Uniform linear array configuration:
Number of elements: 4
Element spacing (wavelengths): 0.25
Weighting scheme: cosine
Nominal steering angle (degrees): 15
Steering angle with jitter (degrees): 14.746
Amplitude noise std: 0.05
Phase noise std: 0.05

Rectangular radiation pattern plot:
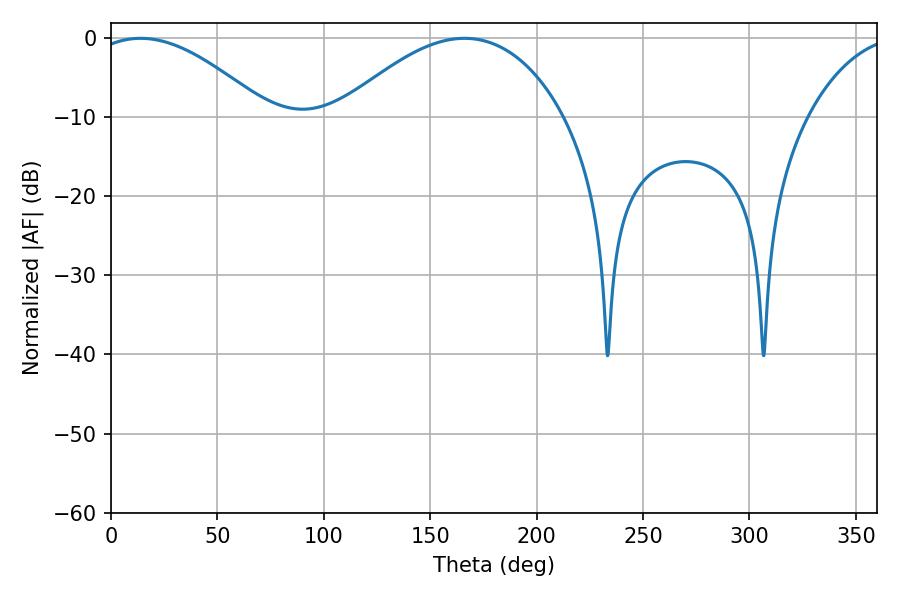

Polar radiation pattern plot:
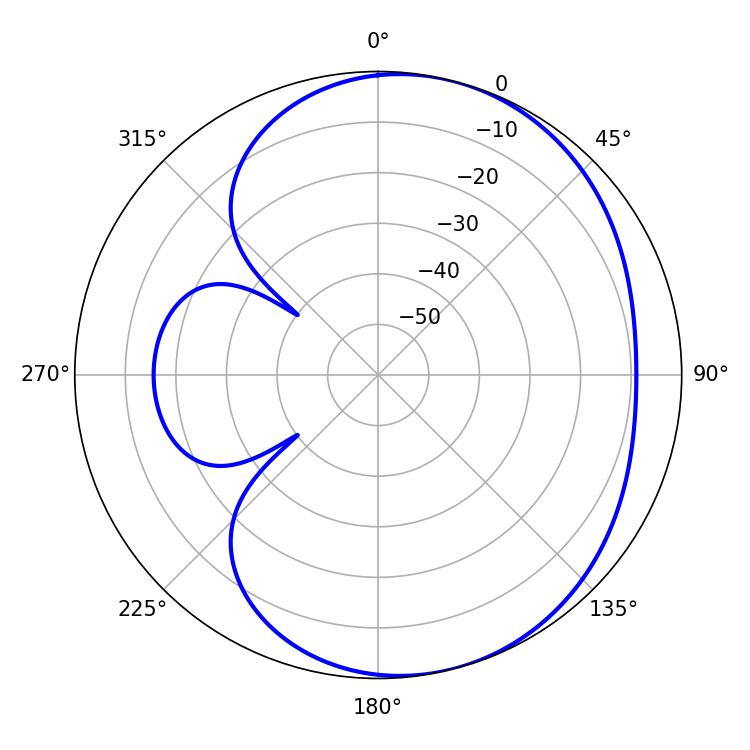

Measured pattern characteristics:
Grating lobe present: FALSE
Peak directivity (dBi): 4.829
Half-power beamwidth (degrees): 45.54
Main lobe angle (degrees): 13.86